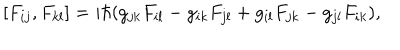
LaTeX: \hspace { 5 e m } [ F _ { i j } , F _ { k l } ] = i \hbar ( g _ { j k } F _ { i l } - g _ { i k } F _ { j l } + g _ { i l } F _ { j k } - g _ { j l } F _ { i k } ) ,